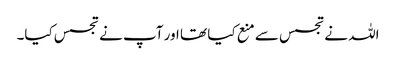
اللہ نے تجسس سے منع کیا تھا اور آپ نے تجسس کیا۔